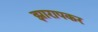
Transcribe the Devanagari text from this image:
झारापकर